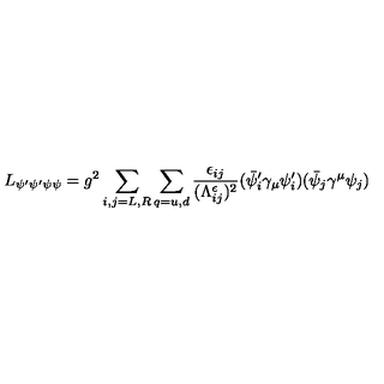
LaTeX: L _ { \psi ^ { \prime } \psi ^ { \prime } \psi \psi } = g ^ { 2 } \sum _ { i , j = L , R } \sum _ { q = u , d } \frac { \epsilon _ { i j } } { ( \Lambda _ { i j } ^ { \epsilon } ) ^ { 2 } } ( \bar { \psi } _ { i } ^ { \prime } \gamma _ { \mu } \psi _ { i } ^ { \prime } ) ( \bar { \psi } _ { j } \gamma ^ { \mu } \psi _ { j } )